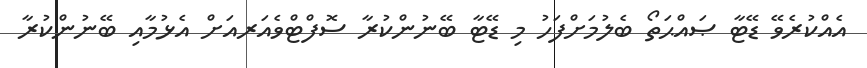
އެއްކުރެވޭ ޑޭޓާ ޞައްޙަތޯ ބެލުމަށްފަހު މި ޑޭޓާ ބޭނުންކުރާ ސޮފްޓްވެއަރއަށް އެޅުމާއި ބޭނުންކުރާ